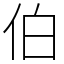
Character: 伯